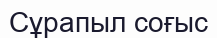
Сұрапыл соғыс